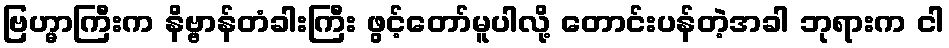
ဗြဟ္မာကြီးက နိဗ္ဗာန်တံခါးကြီး ဖွင့်တော်မူပါလို့ တောင်းပန်တဲ့အခါ ဘုရားက ငါ